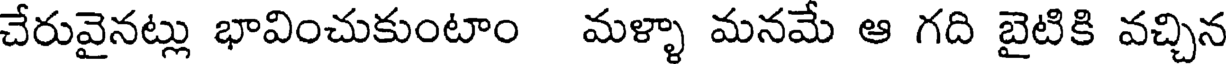
చేరువైనట్లు భావించుకుంటాం మళ్ళా మనమే ఆ గది బైటికి వచ్చిన